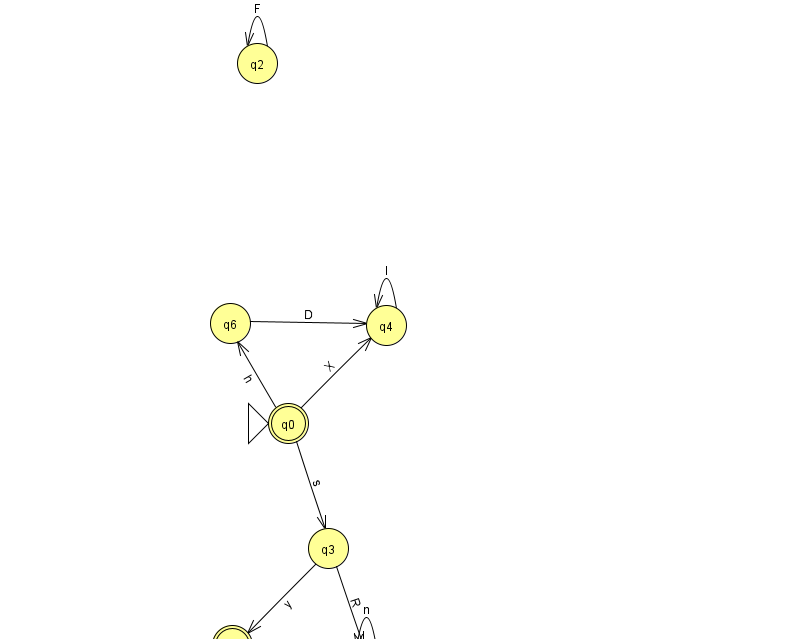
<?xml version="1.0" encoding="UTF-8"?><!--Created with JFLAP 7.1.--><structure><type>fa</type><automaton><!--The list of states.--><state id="0" name="q0"><x>288.0</x><y>410.0</y><initial/><final/></state><state id="1" name="q1"><x>232.0</x><y>632.0</y><final/></state><state id="2" name="q2"><x>257.0</x><y>50.0</y></state><state id="3" name="q3"><x>328.0</x><y>535.0</y></state><state id="4" name="q4"><x>386.0</x><y>312.0</y></state><state id="5" name="q5"><x>366.0</x><y>651.0</y></state><state id="6" name="q6"><x>230.0</x><y>310.0</y></state><!--The list of transitions.--><transition><from>0</from><to>4</to><read>X</read></transition><transition><from>2</from><to>2</to><read>F</read></transition><transition><from>0</from><to>6</to><read>h</read></transition><transition><from>3</from><to>1</to><read>y</read></transition><transition><from>3</from><to>5</to><read>R</read></transition><transition><from>5</from><to>1</to><read>s</read></transition><transition><from>6</from><to>4</to><read>D</read></transition><transition><from>4</from><to>4</to><read>l</read></transition><transition><from>5</from><to>5</to><read>n</read></transition><transition><from>0</from><to>3</to><read>s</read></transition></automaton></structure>